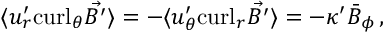
\langle { u } _ { r } ^ { \prime } \mathrm { c u r l } _ { \theta } \vec { B ^ { \prime } } \rangle = - \langle { u } _ { \theta } ^ { \prime } \mathrm { c u r l } _ { r } \vec { B ^ { \prime } } \rangle = - \kappa ^ { \prime } { { \bar { B } } _ { \phi } } \, ,